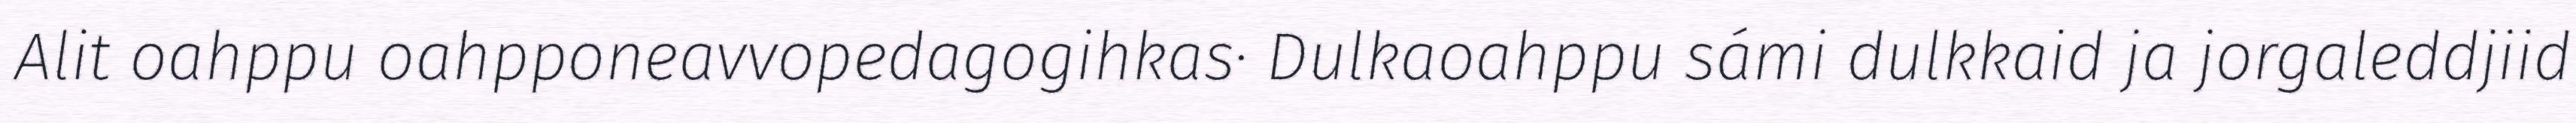
Alit oahppu oahpponeavvopedagogihkas· Dulkaoahppu sámi dulkkaid ja jorgaleddjiid